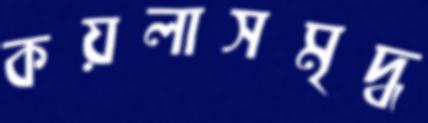
কয়লাসমৃদ্ধ